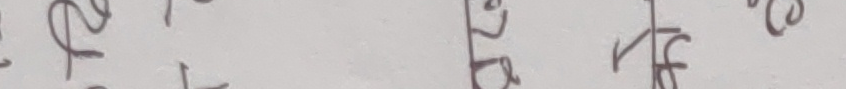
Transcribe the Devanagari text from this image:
२८९